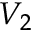
V _ { 2 }